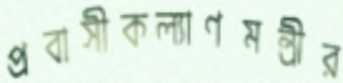
প্রবাসীকল্যাণমন্ত্রীর